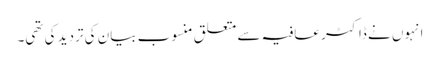
انہوں نے ڈاکٹر عافیہ سے متعلق منسوب بیان کی تردید کی تھی۔